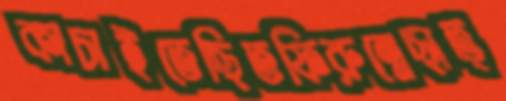
কাচাইতেছিতফিরুন্নেছাত্